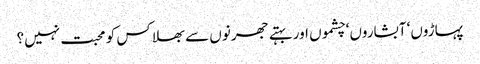
پہاڑوں‘ آبشاروں‘ چشموں اور بہتے جھرنوں سے بھلا کس کو محبت نہیں؟